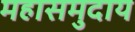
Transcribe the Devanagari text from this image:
महासमुदाय